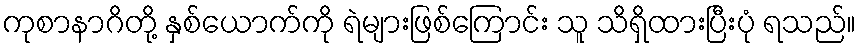
ကုစာနာဂိတို့ နှစ်ယောက်ကို ရဲများဖြစ်ကြောင်း သူ သိရှိထားပြီးပုံ ရသည်။